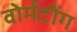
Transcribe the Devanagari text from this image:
वोर्मटोंग